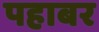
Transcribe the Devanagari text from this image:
पहाबर